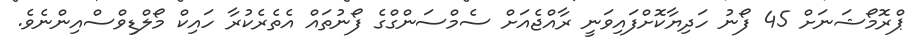
ޕްރޮމޯޝަނަށް 45 ފޯނު ހަދިޔާކޮށްފައިވަނީ ރާއްޖެއަށް ސެމްސަންގްގެ ފޯނުތައް އެތެރެކުރާ ހައިކް މޯލްޑިވްސްއިންނެވެ.